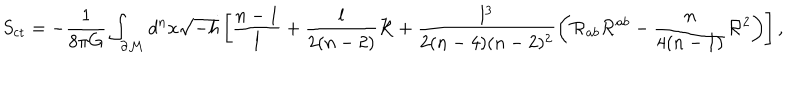
LaTeX: S _ { \mathrm { c t } } = - \frac { 1 } { 8 \pi G } \int _ { \cal \partial M } d ^ { n } x \sqrt { - h } \left[ \frac { n - 1 } { l } + \frac { l } { 2 ( n - 2 ) } { \cal R } + \frac { l ^ { 3 } } { 2 ( n - 4 ) ( n - 2 ) ^ { 2 } } \left( { \cal R } _ { a b } { \cal R } ^ { a b } - \frac { n } { 4 ( n - 1 ) } { \cal R } ^ { 2 } \right) \right] ,